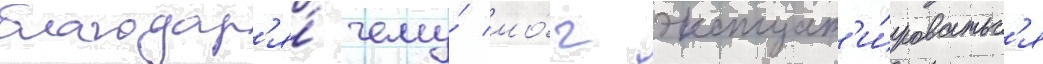
благодар'я́ чему́ мо́г эксплуат'и́роватьс'я